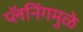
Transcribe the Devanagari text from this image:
प्लॅनिंगमुळे